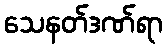
သေနတ်ဒဏ်ရာ